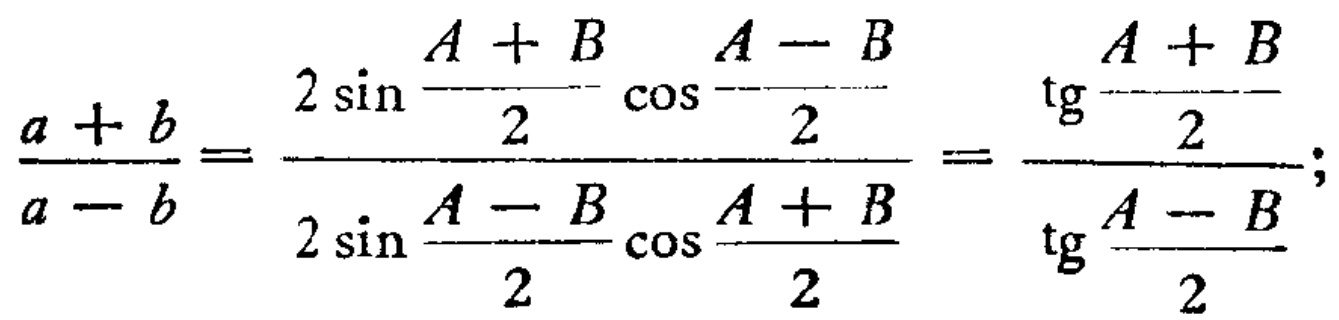
$\frac{a + b}{a - b}=\frac{2\sin\frac{A + B}{2}\cos\frac{A - B}{2}}{2\sin\frac{A - B}{2}\cos\frac{A + B}{2}}=\frac{\operatorname{tg}\frac{A + B}{2}}{\operatorname{tg}\frac{A - B}{2}};$